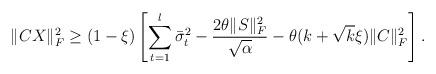
LaTeX: \begin{align*}\|C X \|_F^2\geq ({1 - \xi}) \left[ \sum^{l}_{t=1}\bar{\sigma}^2_{t} - \frac{2 \theta \|S \|^2_F}{\sqrt{\alpha}} - \theta(k + \sqrt{k} \xi) \|C\|^2_F \right].\end{align*}